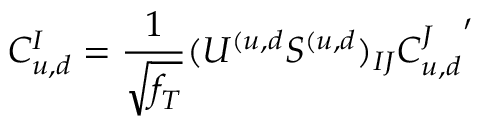
C _ { u , d } ^ { I } = { \frac { 1 } { \sqrt { f _ { T } } } } ( U ^ { ( u , d } S ^ { ( u , d } ) _ { I J } { C _ { u , d } ^ { J } } ^ { \prime }